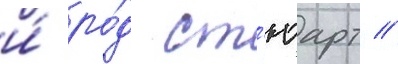
и́ ро́д ст'юарт //